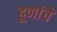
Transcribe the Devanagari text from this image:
हूणांचे